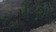
પડશો